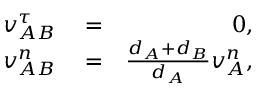
\begin{array} { r l r } { v _ { A B } ^ { \tau } } & { { } = } & { 0 , } \\ { v _ { A B } ^ { n } } & { { } = } & { \frac { d _ { A } + d _ { B } } { d _ { A } } v _ { A } ^ { n } , } \end{array}